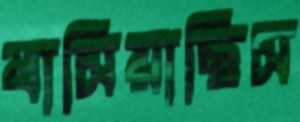
বাসিয়াছিস